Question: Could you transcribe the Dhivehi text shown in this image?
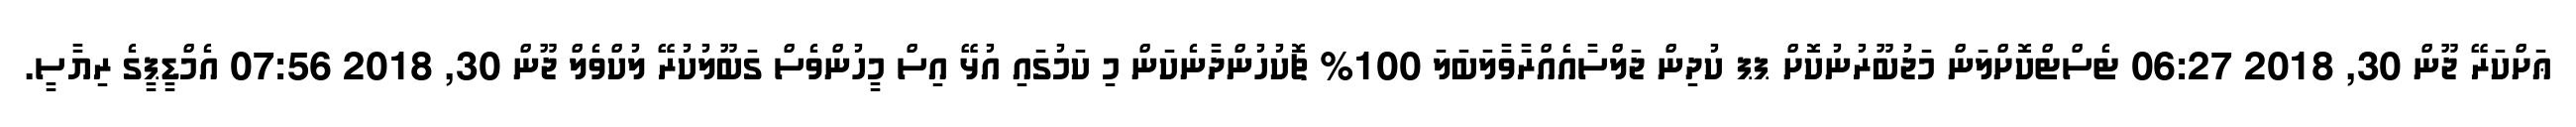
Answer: ޢަށްކަރޭ ޖޫން 30, 2018 06:27 ޓެސްޓްކޮށްލަން މަޖުބޫރުނުކޮށް ޕޕ ކުދިން ޖަލްސާއެއްރާވާލަބަލަ 100% ޗޮކުހުންދާނެކަން މި ކަމުގައި އުޅޭ އިސް މީހުންވެސް ގަބޫލުކުރޭ ލުކްވެލް ޖޫން 30, 2018 07:56 އެމްޑީޕީގެ ރިޔާސީ.